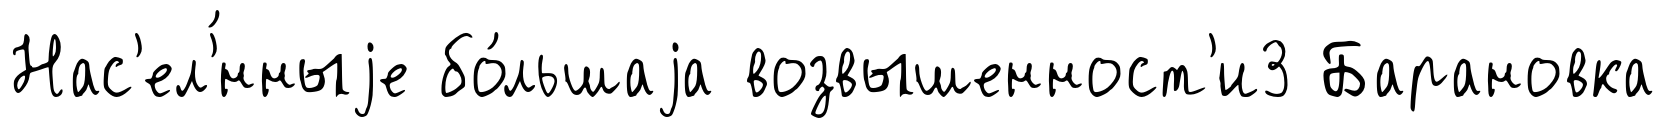
Нас'ел'́нныjе бо́льшаjа возвышенност'и3 Барановка